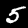
Digit: 5